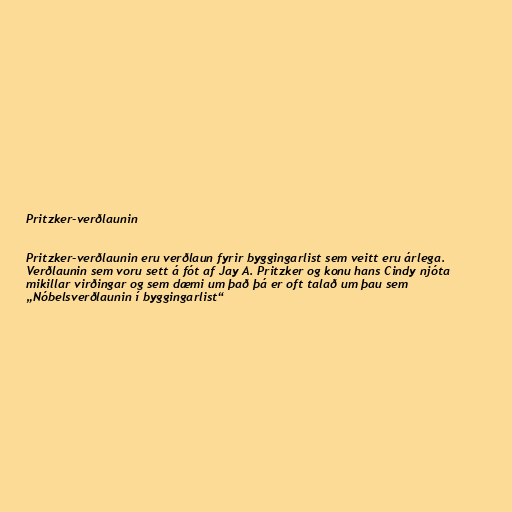
Pritzker-verðlaunin

Pritzker-verðlaunin eru verðlaun fyrir byggingarlist sem veitt eru árlega.
Verðlaunin sem voru sett á fót af Jay A. Pritzker og konu hans Cindy njóta
mikillar virðingar og sem dæmi um það þá er oft talað um þau sem
„Nóbelsverðlaunin í byggingarlist“